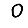
Digit: 0